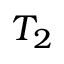
T _ { 2 }